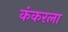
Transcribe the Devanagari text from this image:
कंकरला